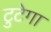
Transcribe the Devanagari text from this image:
टुटेगा